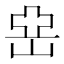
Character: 𡸭